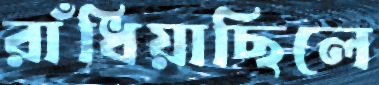
রাঁধিয়াছিলে